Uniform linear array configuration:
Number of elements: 8
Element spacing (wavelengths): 0.75
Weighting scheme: hamming
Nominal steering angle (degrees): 30
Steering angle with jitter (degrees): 30.675
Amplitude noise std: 0.05
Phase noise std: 0.05

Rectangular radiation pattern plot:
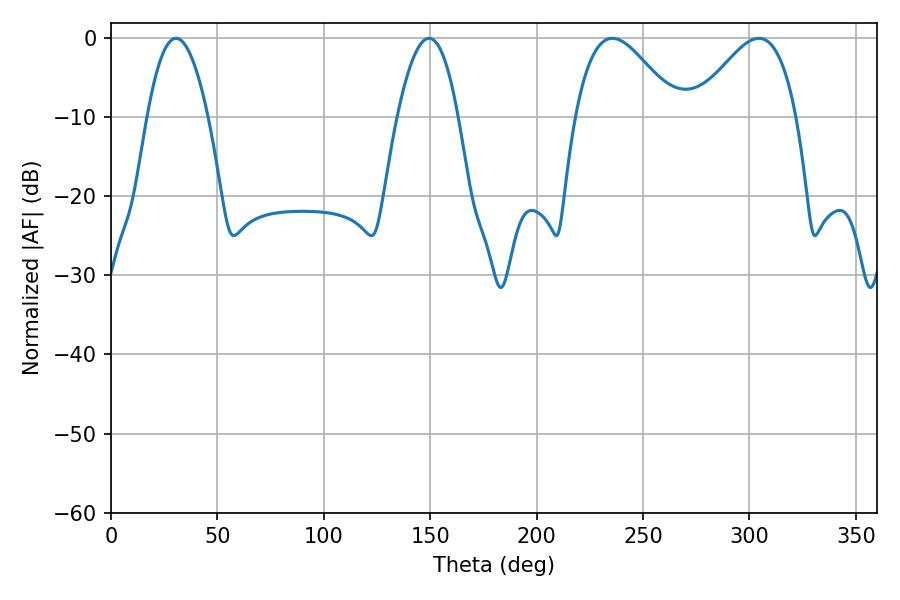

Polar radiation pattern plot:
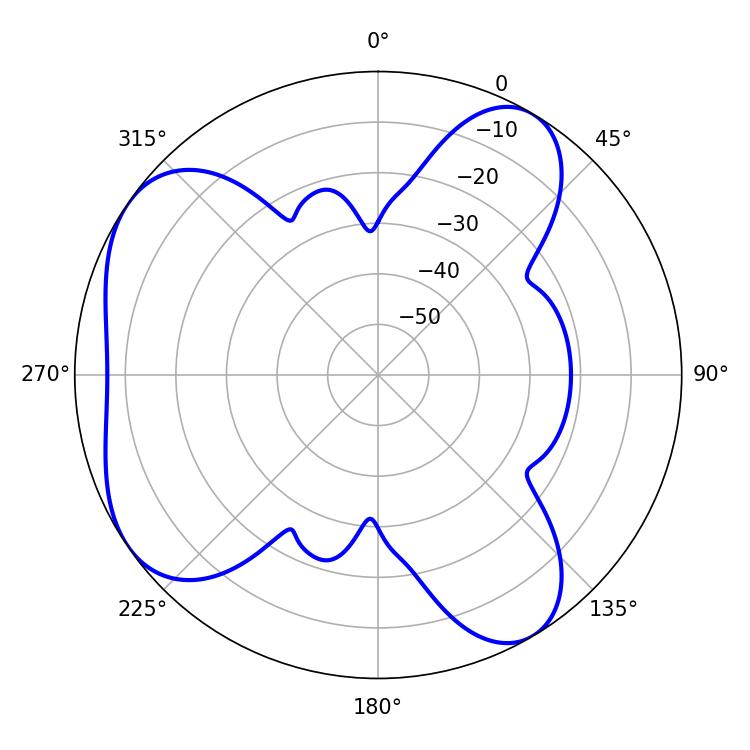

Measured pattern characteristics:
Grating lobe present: TRUE
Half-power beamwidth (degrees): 25.56
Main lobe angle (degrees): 235.62